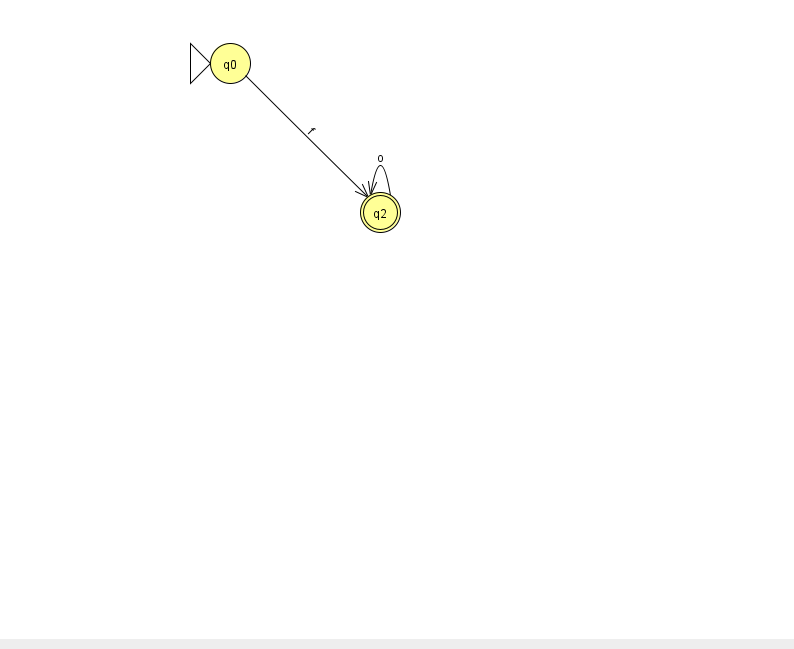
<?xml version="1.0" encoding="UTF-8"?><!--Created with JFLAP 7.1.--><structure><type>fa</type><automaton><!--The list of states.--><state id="0" name="q0"><x>230.0</x><y>50.0</y><initial/></state><state id="2" name="q2"><x>380.0</x><y>199.0</y><final/></state><!--The list of transitions.--><transition><from>0</from><to>2</to><read>f</read></transition><transition><from>2</from><to>2</to><read>o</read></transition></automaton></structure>